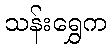
သန်းရွှေက